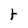
Character: t